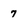
Character: 7